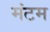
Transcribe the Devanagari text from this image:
मंटम